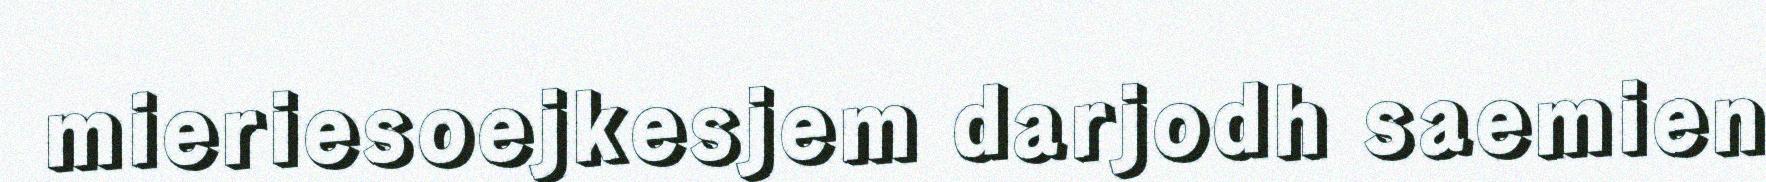
mieriesoejkesjem darjodh saemien